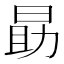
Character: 勗